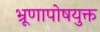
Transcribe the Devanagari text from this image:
भ्रूणापोषयुक्त